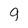
Character: g